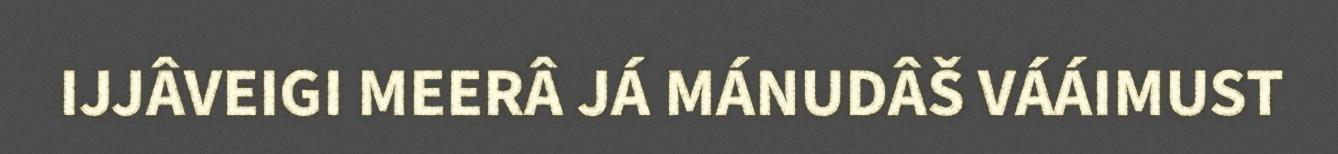
IJJÂVEIGI MEERÂ JÁ MÁNUDÂŠ VÁÁIMUST